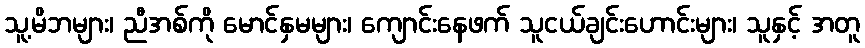
သူ့မိဘများ၊ ညီအစ်ကို မောင်နှမများ၊ ကျောင်းနေဖက် သူငယ်ချင်းဟောင်းများ၊ သူနှင့် အတူ